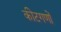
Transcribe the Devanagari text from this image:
कीटगणों